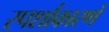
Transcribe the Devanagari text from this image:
स्पर्शाकारणे